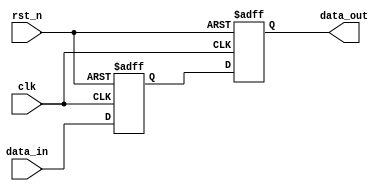
`timescale 1ns / 1ps

////////////////////////////////////////////////////////////////////////////
//
// Munya Kaudani
// 64-QAM Modulator 1-bit two flip flop synchronizer module
//
////////////////////////////////////////////////////////////////////////////

module sync_ff_sync_1b(
	    input wire	     clk,
	    input wire	     rst_n,
	    input wire       data_in,
	    output reg       data_out
    );

   // internal registers
   reg  		     data_mid;

   // write sequential logic, active-low asynch reset
   always @(posedge clk or negedge rst_n)
     begin
	if (rst_n == 1'b0) begin
	   // reset all registers to default values
	   data_out <= 1'b0;
	   data_mid <= 1'b0;
	end else begin
	   data_out <= data_mid;
	   data_mid <= data_in;
	end // else: !if(rst_n == 1'b0)
     end // always @ (posedge clk or negedge rst_n)

endmodule